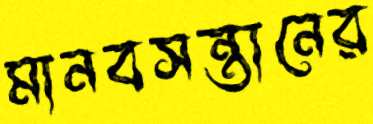
মানবসন্তানের